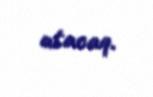
atacaq.